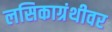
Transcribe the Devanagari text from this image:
लसिकाग्रंथीवर